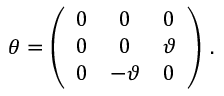
\theta = \left( \begin{array} { c c c } { { 0 } } & { { 0 } } & { { 0 } } \\ { { 0 } } & { { 0 } } & { { \vartheta } } \\ { { 0 } } & { { - \vartheta } } & { { 0 } } \end{array} \right) \, .